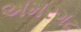
અમરગઢ